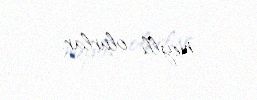
meylli olurlar.